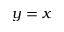
y = x